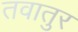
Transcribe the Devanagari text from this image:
तवातुर